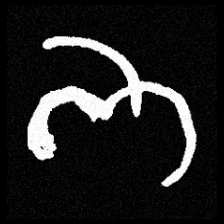
Pyu character \u2014 Myanmar letter: ဘ (romanized: bha)